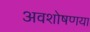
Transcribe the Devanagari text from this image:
अवशोषणया